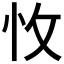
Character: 𢗡